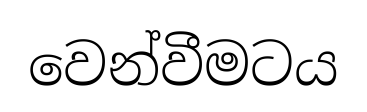
වෙන්වීමටය